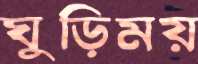
ঘুড়িময়